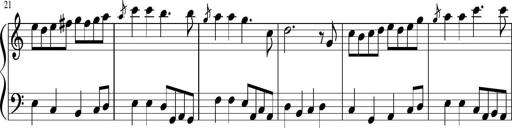
Title: Sonatine Nr.1 in C-Dur
Composer: DÃ©sirÃ©e Manns
Key: C major